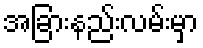
အခြားနည်းလမ်းမှာ